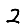
Digit: 2